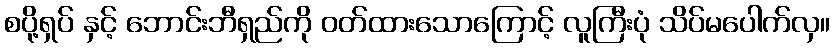
စပို့ရှပ် နှင့် ဘောင်းဘီရှည်ကို ဝတ်ထားသောကြောင့် လူကြီးပုံ သိပ်မပေါက်လှ။